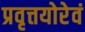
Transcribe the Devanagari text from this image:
प्रवृत्तयोरेवं